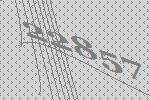
22857